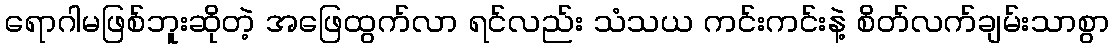
ရောဂါမဖြစ်ဘူးဆိုတဲ့ အဖြေထွက်လာ ရင်လည်း သံသယ ကင်းကင်းနဲ့ စိတ်လက်ချမ်းသာစွာ